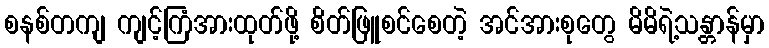
စနစ်တကျ ကျင့်ကြံအားထုတ်ဖို့ စိတ်ဖြူစင်စေတဲ့ အင်အားစုတွေ မိမိရဲ့သန္တာန်မှာ